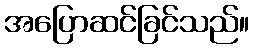
အပြောဆင်ခြင်သည်။